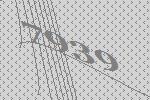
7939